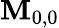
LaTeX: \mathbf{M}_{0,0}